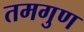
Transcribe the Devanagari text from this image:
तमगुण